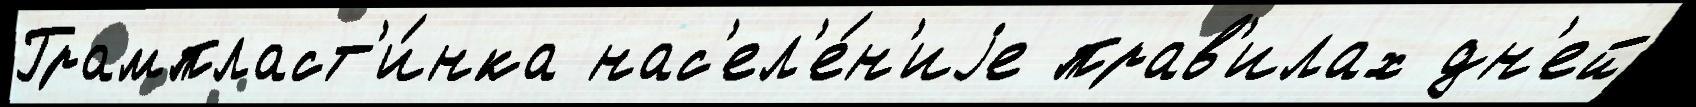
Грампласт'и́нка нас'ел'е́н'иjе прав'илах дн'ей